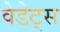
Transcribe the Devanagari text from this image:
वेडेट्स